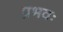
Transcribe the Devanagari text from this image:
प्रभवः